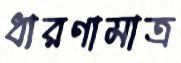
ধারণামাত্র